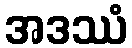
အဒဿံ